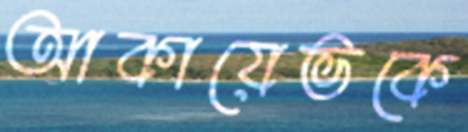
আকায়েভকে